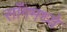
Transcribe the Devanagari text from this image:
साँगमध्ये